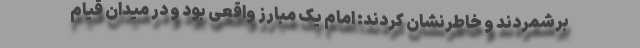
برشمردند و خاطرنشان کردند: امام یک مبارز واقعی بود و در میدان قیام